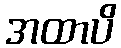
အထာပိ